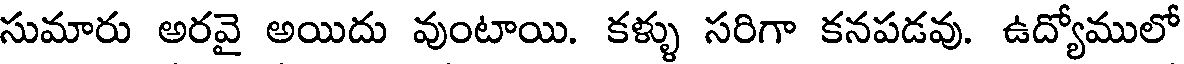
సుమారు అరవై అయిదు వుంటాయి. కళ్ళు సరిగా కనపడవు. ఉద్యోములో